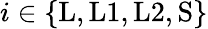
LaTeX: i\in\{ \mathrm{L},\mathrm{L1},\mathrm{L2},\mathrm{S}\}